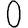
Digit: 0